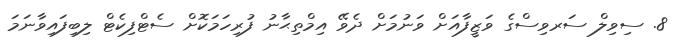
8. ސިވިލް ސަރވިސްގެ ވަޒީފާއަށް ވަނުމަށް ދެވޭ އިމްތިޙާނު ފުރިހަމަކޮށް ސެޓްފިކެޓް ލިބިފައިވާނަމަ